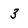
Character: 3